Civil Veterinary Dept. Bombay admin report 1914-1922 - 1914-1922
Year: 1914
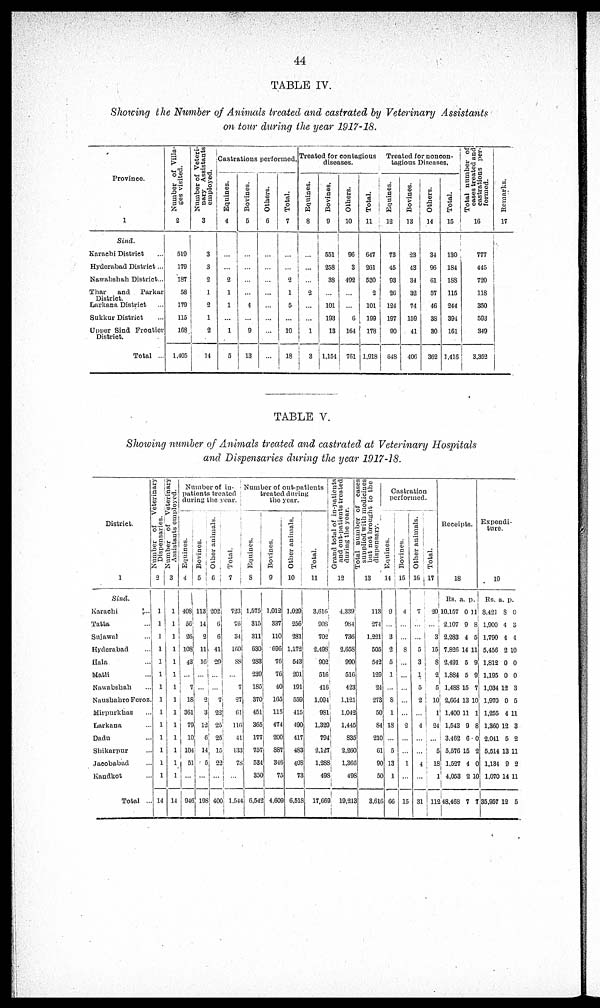
44
TABLE IV.
Showing the Number of Animals treated and castrated by Veterinary Assistants
on tour during the year 1917-18.
Province.
1
Sind.
Karachi District
Hyderabad District ...
Nawabshah District...
Thar
and
Parkar
District.
Larkana District ...
Sukkur District ...
Upper Sind Frontier
District.
Total ...
Number of Villa-
ges visited.
2
519
179
187
58
179
115
168
1,405
Number of Veteri-
nary Assistants
employed.
3
3
3
2
1
2
1
2
14
Castrations performed.
Equines.
4
....
....
2
1
1
...
1
5
Bovines.
5
....
....
....
4
....
9
13
Others.
6
....
....
....
....
...
Total.
7
....
....
2
1
5
....
10
18
Treated for contagious
diseases.
Equines.
8
....
....
....
2
....
....
1
3
Bovines.
9
551
258
38
....
101
193
13
1,154
Others.
10
96
3
492
....
....
6
164
761
Total.
11
647
261
530
2
101
199
178
1,918
Treated for noncon-
tagious Diseases,
Equines.
12
73
45
93
26
124
197
90
648
Bovines.
13
23
43
31
32
74
159
41
406
Others.
14
34
96
61
57
46
38
30
362
Total.
15
130
184
188
115
244
394
161
1,416
Total number of
cases treated and
castrations per-
formed.
16
777
445
720
118
350
593
349
3,352
Remarks.
17
TABLE V.
Showing number of Animals treated and castrated at Veterinary Hospitals
and Dispensaries during the year 1917-18.
District.
1
Sind.
Karachi
...
Tatta ...
Sujawal ...
Hyderabad
Hala ...
Matli ...
Nawabshah
NaushahroFeroz
Mirpurkhas ...
Larkana ...
Dadn ...
Shikarpur ...
Jacobabad ...
Kandkot ...
Total ...
Number of veterinary
Dispensaries.
2
1
1
1
1
1
1
1
1
1
1
1
1
1
1
14
Number of Veterinary
Assistants employed.
3
1
1
1
1
1
1
1
1
1
1
1
1
1
1
14
Number of in-
pationts treated
during the year.
Equines.
4
408
56
26
108
43
...
7
18
361
79
10
104
51
...
946
Bovines.
5
113
14
2
11
16
...
....
2
3
12
6
14
5
....
198
Other animals.
6
202
6
6
41
29
....
...
7
22
25
25
15
22
....
....
Total.
7
723
76
34
160
88
....
7
27
61
116
41
133
78
....
....
Number of out-patients
treated during
the year.
Equines.
8
1,575
315
311
630
283
239
185
370
451
365
177
757
534
350
6,542
Bovines.
9
1,012
337
110
696
76
76
40
165
115
474
200
887
346
75
4,609
Other animals,
10
1,029
256
281
1,172
543
201
191
559
415
490
417
483
408
73
6,518
Total.
11
3,616
908
702
2,498
902
516
416
1,094
981
1,329
794
2,127
1,288
498
17,669
Grand total or in-patients
and out-patients treated
during the year.
12
4,339
984
736
2,658
990
516
423
1,121
1,042
1,445
835
2,260
1,366
498
19,213
Total number
or cases
supplied with medicines
but not brought to the
dispensary.
13
113
274
1,221
505
542
129
24
273
50
84
210
61
90
50
3,616
Castration
performed.
Equines.
14
9
....
3
2
5
1
....
8
1
18
....
5
13
1
66
Bovines.
15
4
....
....
8
....
....
....
....
....
2
....
....
1
....
15
Other animals.
16
7
....
....
5
3
1
5
2
...
4
....
...
4
....
31
Total.
17
20
....
3
15
8
2
5
10
1
24
...
5
18
1
112
Receipts.
18
Rs.
10,157
2,107
2,283
7,826
2,491
1,884
1,488
2,664
1,400
1,543
3,462
5,576
1,527
4,053
48,468
a.
0
9
4
14
5
5
15
13
11
9
6
15
4
2
7
p.
11
8
5
11
9
9
7
10
1
8
0
2
0
10
7
Expenturedi-
ture.
19
Rs.
8,421
1,900
1,790
5,456
1,812
1,195
1,034
1,970
1,255
1,360
2,041
5,514
1,134
1,070
35,957
a.
8
4
4
2
0
0
12
0
4
12
5
13
9
14
12
p.
0
3
4
10
0
0
3
5
11
3
2
11
2
11
5